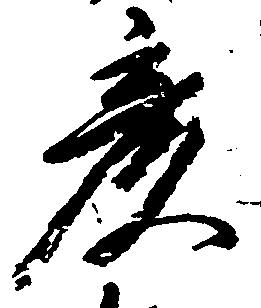
彦